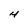
Character: H